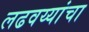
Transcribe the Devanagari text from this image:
लढवय्यांचा